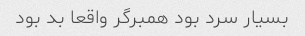
بسیار سرد بود همبرگر واقعا بد بود